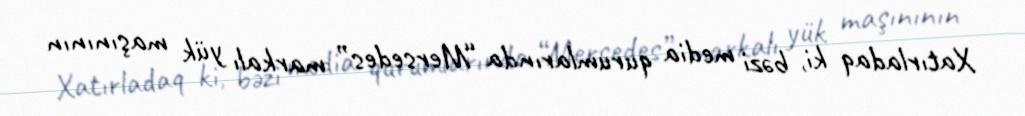
Xatırladaq ki, bəzi media qurumlarında “Mersedes” markalı yük maşınının